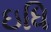
ઇધિ